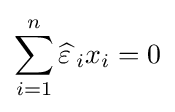
\sum _{i=1}^{n}{\widehat {\varepsilon \,}}_{i}x_{i}=0